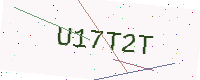
Text: U17T2T